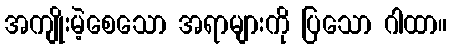
အကျိုးမဲ့စေသော အရာများကို ပြသော ဂါထာ။